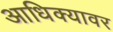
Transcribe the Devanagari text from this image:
आधिक्यावर